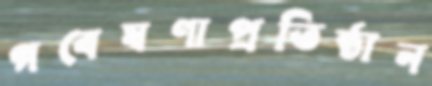
গবেষণাপ্রতিষ্ঠান